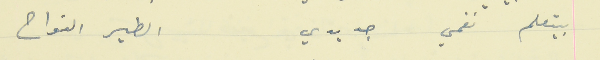
بيتعلم نغمي جديدي                                       الطير النواح